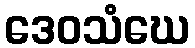
ဒေဝသံဃေ